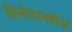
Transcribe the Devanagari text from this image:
विनोदामधील